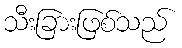
သီးခြားဖြစ်သည်